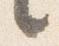
言